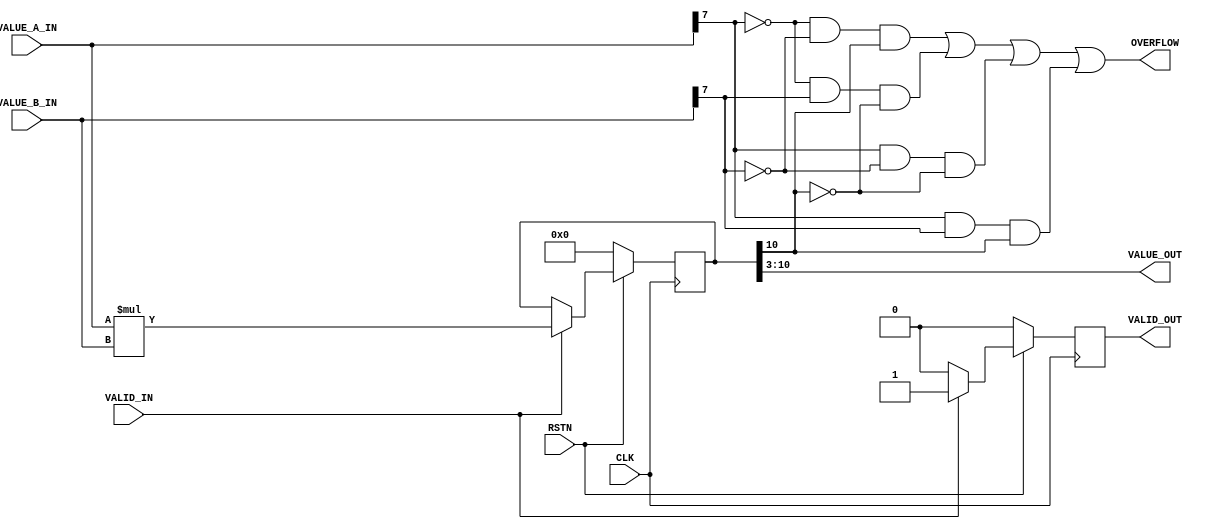
`default_nettype none

// Fixed-point multiplier with configurable representation
module FIXED_POINT_MUL
#(
    // The width of the input values consists of integral and fractional part
    parameter WIDTH     = 8,
    // Number of bits reserved to the fractional part. Also, the position of the binary point from
    // LSB. Must be strictly positive
    parameter FRAC_BITS = 3
)
(
    input wire                      CLK,
    input wire                      RSTN,
    // Input operands
    input wire signed [WIDTH-1:0]   VALUE_A_IN,
    input wire signed [WIDTH-1:0]   VALUE_B_IN,
    input wire                      VALID_IN,
    // Output result
    output wire signed [WIDTH-1:0]  VALUE_OUT,
    output wire                     VALID_OUT,
    output wire                     OVERFLOW
);

    reg signed [2*WIDTH-1:0]    a_times_b;
    reg                         mul_valid;
    wire                        overflow;
    wire                        value_a_sign;
    wire                        value_b_sign;
    wire                        value_out_sign;

    always @(posedge CLK) begin
        if(!RSTN) begin
            a_times_b <= 0;
            mul_valid <= 1'b0;
        end
        else begin
            mul_valid <= 1'b0;

            if(VALID_IN) begin
                // Rebase to the proper base
                a_times_b <= VALUE_A_IN * VALUE_B_IN;
                mul_valid <= 1'b1;
            end
        end
    end

    // Overflow in multiplication never actually occurs, since we are reserving twice the number of
    // bits of the operands for the result. Still, we consider overflow that case when the sign of
    // the result is different than the expected, similar to what it's done with the addition
    assign value_a_sign     = VALUE_A_IN[WIDTH-1];
    assign value_b_sign     = VALUE_B_IN[WIDTH-1];
    assign value_out_sign   = VALUE_OUT[WIDTH-1];
    assign overflow         = (~value_a_sign & ~value_b_sign & value_out_sign) | (~value_a_sign & value_b_sign & ~value_out_sign) | (value_a_sign & ~value_b_sign & ~value_out_sign) | (value_a_sign & value_b_sign & value_out_sign);

    // Pinout
    assign VALUE_OUT    = a_times_b[FRAC_BITS +: WIDTH];
    assign VALID_OUT    = mul_valid;
    assign OVERFLOW     = overflow;
endmodule

`default_nettype wire